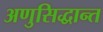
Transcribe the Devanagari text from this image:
अणुसिद्धान्त